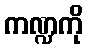
ကဏ္ဍကို